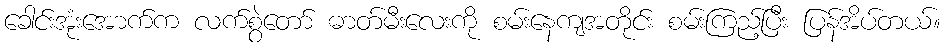
ခေါင်းအုံးအောက်က လက်စွဲတော် ဓာတ်မီးလေးကို စမ်းနေကျအတိုင်း စမ်းကြည့်ပြီး ပြန်အိပ်တယ်။